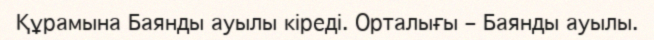
Құрамына Баянды ауылы кіреді. Орталығы – Баянды ауылы.